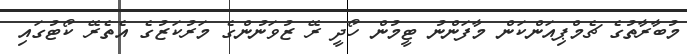
މުބާރާތުގެ ޗެމްޕިއަންކަން މާފަންނު ޓީމުން ހޯދީ ރޭ ޒުވަނުންގެ މަރުކަޒުގެ އެތެރޭ ކޯޓުގައި